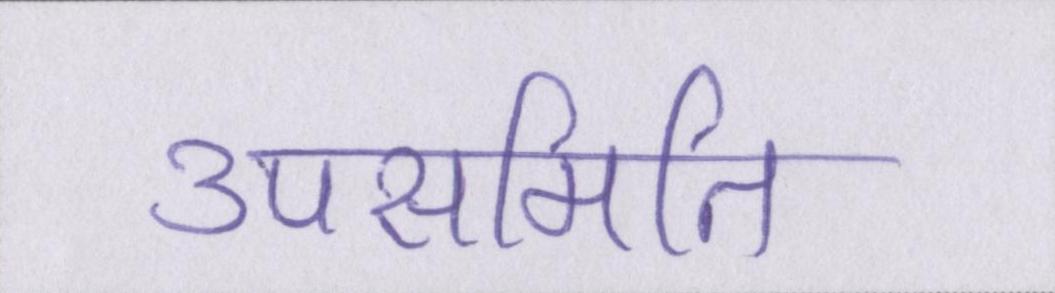
उपसमिति